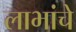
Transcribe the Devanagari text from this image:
लाभांचे